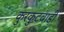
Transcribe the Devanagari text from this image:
कुरकुटवाडी